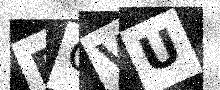
Text: RCVU